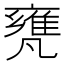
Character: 𠙰